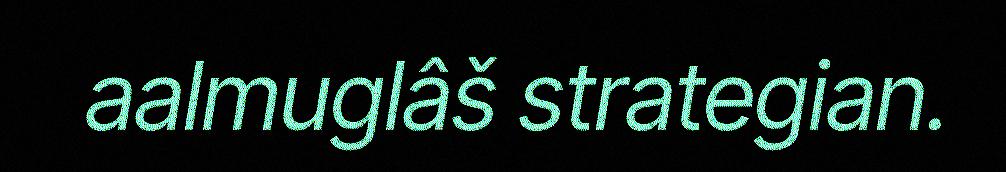
aalmuglâš strategian.